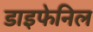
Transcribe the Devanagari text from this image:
डाइफेनिल